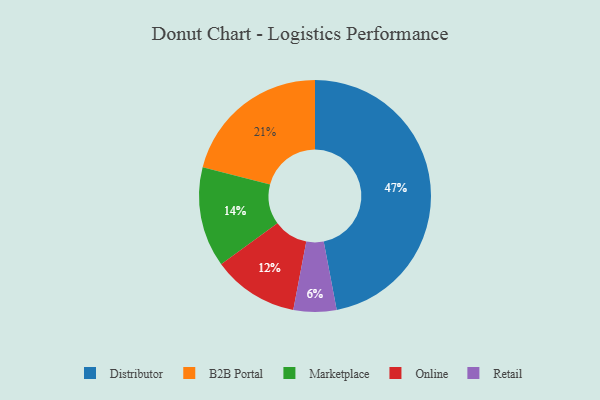
{"axis": {"x": "Category", "y": "Percentage"}, "legend": ["B2B Portal", "Distributor", "Marketplace", "Online", "Retail"], "data": [{"x": "B2B Portal", "y": 21, "type": "B2B Portal"}, {"x": "Retail", "y": 6, "type": "Retail"}, {"x": "Online", "y": 12, "type": "Online"}, {"x": "Marketplace", "y": 14, "type": "Marketplace"}, {"x": "Distributor", "y": 47, "type": "Distributor"}]}